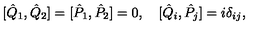
[ { \hat { Q } } _ { 1 } , { \hat { Q } } _ { 2 } ] = [ { \hat { P } } _ { 1 } , { \hat { P } } _ { 2 } ] = 0 , \quad [ { \hat { Q } } _ { i } , { \hat { P } } _ { j } ] = i \delta _ { i j } ,